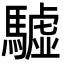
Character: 驉